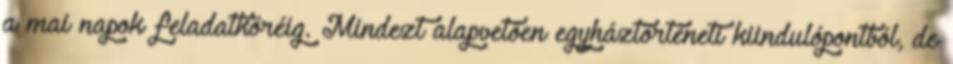
a mai napok feladatköréig. Mindezt alapvetően egyháztörténeti kiindulópontból, de